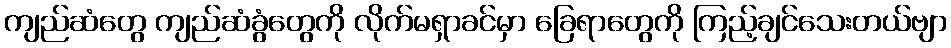
ကျည်ဆံတွေ ကျည်ဆံခွံတွေကို လိုက်မရှာခင်မှာ ခြေရာတွေကို ကြည့်ချင်သေးတယ်ဗျာ